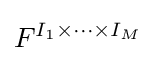
F^{I_{1}\times \cdots \times I_{M}}